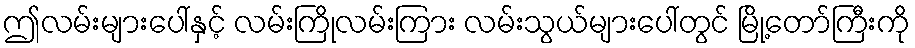
ဤလမ်းများပေါ်နှင့် လမ်းကြိုလမ်းကြား လမ်းသွယ်များပေါ်တွင် မြို့တော်ကြီးကို